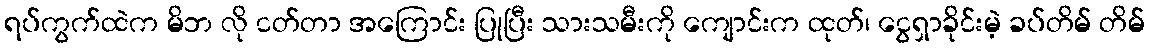
ရပ်ကွက်ထဲက မိဘ လို ငတ်တာ အကြောင်း ပြုပြီး သားသမီးကို ကျောင်းက ထုတ်၊ ငွေရှာခိုင်းမဲ့ ခပ်တိမ် တိမ်